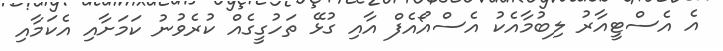
އެ އެސްޓީއާރު ލިބުމާއެކު އެސްއޯއެފް އާއި ގުޅޭ ތަހުގީގެއް ކުރެވުނު ކަމަށާއި އެކަމާއި